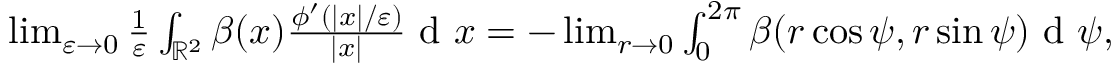
\begin{array} { r } { \operatorname* { l i m } _ { \varepsilon \to 0 } \frac { 1 } { \varepsilon } \int _ { \mathbb { R } ^ { 2 } } \beta ( x ) \frac { \phi ^ { \prime } ( | x | / \varepsilon ) } { | x | } \textrm { d } x = - \operatorname* { l i m } _ { r \to 0 } \int _ { 0 } ^ { 2 \pi } \beta ( r \cos \psi , r \sin \psi ) \textrm { d } \psi , } \end{array}